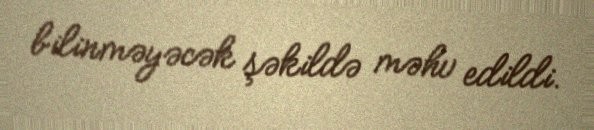
bilinməyəcək şəkildə məhv edildi.